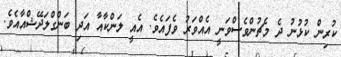
ކުރިން ކުޅުނު ދެ މެޗުންވެސްވަނީ އެއްވަރު ވެފައެވެ. އެއީ ލަންކާއާ އަދި ބަންގްލަދޭޝްއާއެވެ.